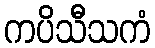
ကပိသီသကံ